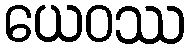
ယေဝဿ